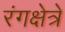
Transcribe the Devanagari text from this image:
रंगक्षेत्रे